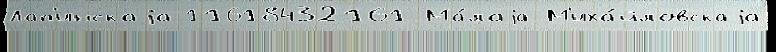
Лап'инскаjа 11618432161 Ма́лаjа М'иха́йловскаjа